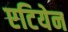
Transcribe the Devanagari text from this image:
एटियेन